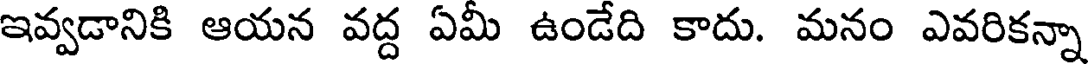
ఇవ్వడానికి ఆయన వద్ద ఏమీ ఉండేది కాదు. మనం ఎవరికన్నా